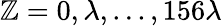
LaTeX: \mathbb{Z}=0,\lambda,...,156\lambda